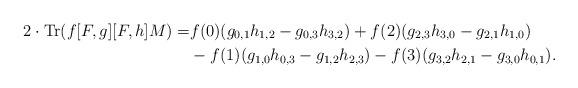
LaTeX: \begin{align*}2 \cdot \operatorname{Tr}(f[F,g][F,h]M) =& f(0)(g_{0,1}h_{1,2} - g_{0,3}h_{3,2})+ f(2)(g_{2,3}h_{3,0} - g_{2,1}h_{1,0}) \\\ &- f(1)(g_{1,0}h_{0,3} - g_{1,2}h_{2,3}) - f(3)( g_{3,2}h_{2,1} - g_{3,0}h_{0,1}).\end{align*}